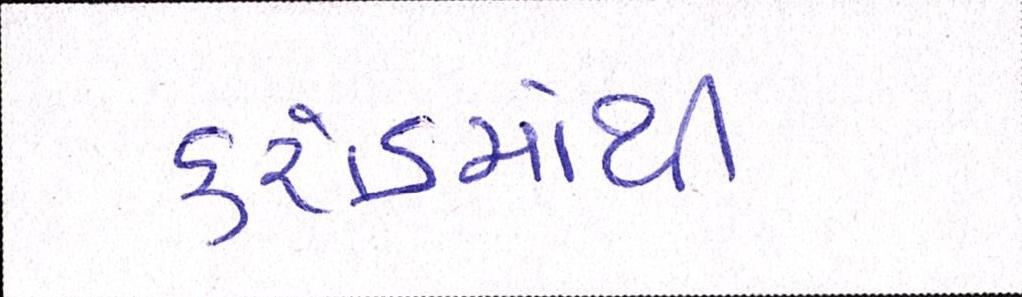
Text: કરોડમાંથી